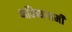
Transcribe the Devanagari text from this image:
भविष्यगामी